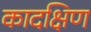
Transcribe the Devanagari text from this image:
कादक्षिण